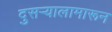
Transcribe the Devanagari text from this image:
दुसऱ्यालामारून